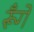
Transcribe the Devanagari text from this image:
रूँगे